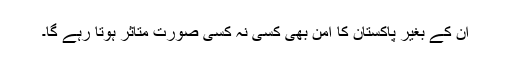
ان کے بغیر پاکستان کا امن بھی کسی نہ کسی صورت متاثر ہوتا رہے گا۔